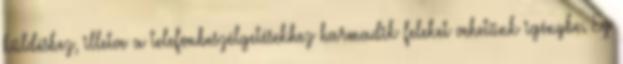
küldéshez, illetve a telefonbeszélgetésekhez harmadik feleket vehetünk igénybe. Ez